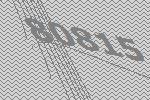
80815